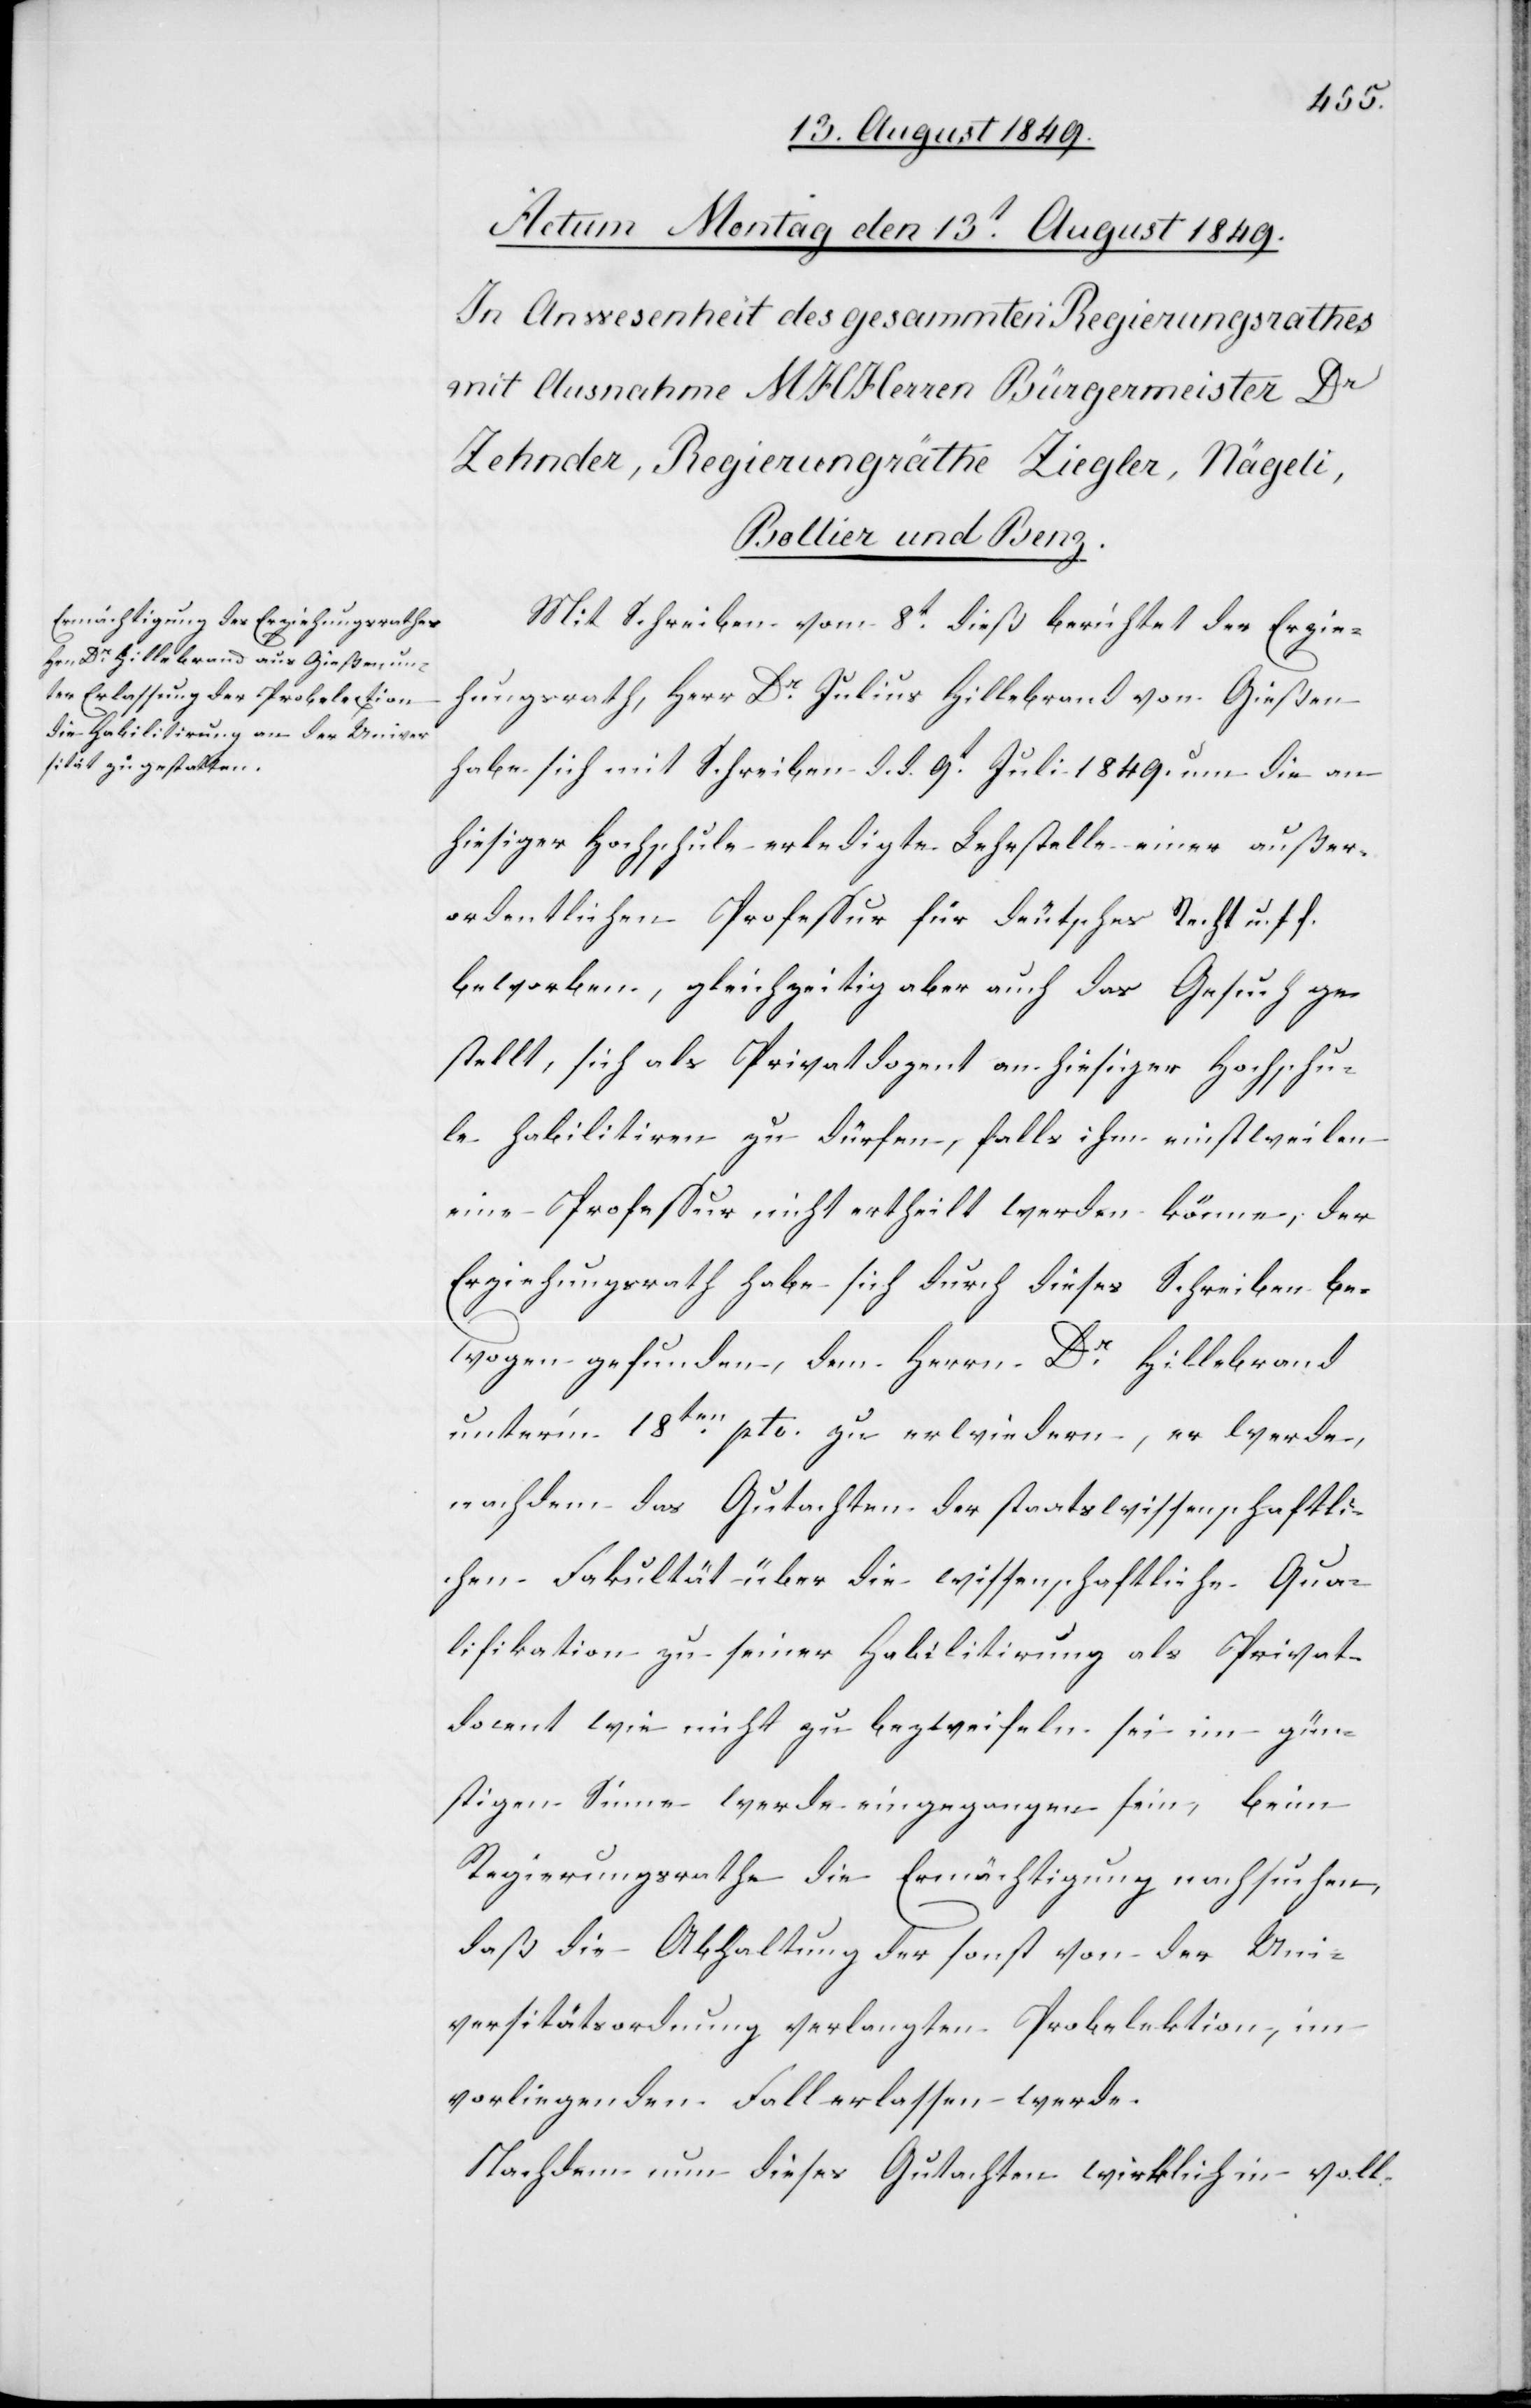
Mit Schreiben vom 8t dieß berichtet der Erzie¬
hungsrath, Herr Dr Julius Hillebrand von Gießen
habe sich mit Schreiben d. d. 9t Juli 1849. um die an
hiesiger Hochschule erledigte Lehrstelle einer außer¬
ordentlichen Professur für deutsches Recht u. s. f.
beworben, gleichzeitig aber auch das Gesuch ge¬
stellt, sich als Privatdozent an hiesiger Hochschu¬
le habilitiren zu dürfen, falls ihm einstweilen
eine Professur nicht ertheilt werden könne, der
Erziehungsrath habe sich durch dieses Schreiben be¬
wogen gefunden, dem Herrn Dr. Hillebrand
unter’m 18ten pto. zu erwiedern, er werde,
nachdem das Gutachten der staatswissenschaftli¬
chen Fakultät über die wissenschaftliche Qua¬
lifikation zu seiner Habilitirung als Privat¬
docent wie nicht zu bezweifeln sei im gün¬
stigen Sinne werde eingegangen sein, beim
Regierungsrathe die Ermächtigung nachsuchen,
daß die Abhaltung der sonst von der Uni¬
versitätsordnung verlangten Probelektion, im
vorliegenden Fall erlassen werde.
Nachdem nun dieses Gutachten wirklich in voll-